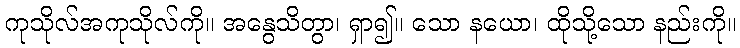
ကုသိုလ်အကုသိုလ်ကို။ အနွေသိတွာ၊ ရှာ၍။ သော နယော၊ ထိုသို့သော နည်းကို။